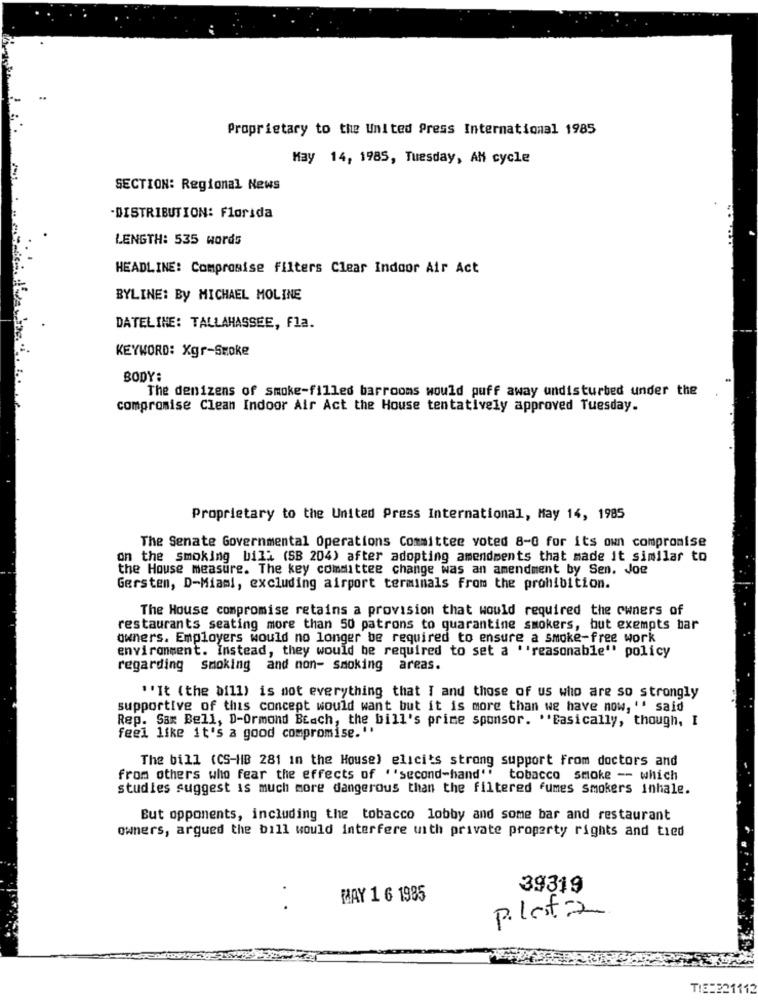
Proprietary to the United Press International 1985
May 14, 1985, Tuesday, AM cycle
SECTION: Regional News
-DISTRIBUTION: Florida
LENGTH: 535 words
HEADLINE: Comprosise filters Clear Indoor Air Act
BYLINE: By MICHAEL MOLINE
DATELINE: TALLAHASSEE, Fla.
KEYWORD: Xgr-Szoke
BODY:
The denizens of smoke-filled barrooms would puff away undisturbed under the
compromise Clean Indoor Air Act the House tentatively approved Tuesday.
Proprietary to the United Press International, May 14, 1985
The Senate Governmental Operations Committee voted 8-0 for its own compromise
on the smoking bill (SB 204) after adopting amendments that made it similar to
the House measure. The key committee change was an amendment by Sen. Joe
Gersten, D-Miami, excluding airport terminals From the prohibition.
The House compromise retains a provision that would required the owners of
restaurants seating more than 50 patrons to quarantine smokers, but exempts bar
owners. Employers would no longer be required to ensure a smoke-free work
environment. Instead, they would be required to set a "'reasonable" policy
regarding smoking and non- smoking areas.
"'It (the aill) is not everything that I and those of us who are so strongly
supportive of this concept would want but it is more than we have now, '' said
Rep. Sax Bell, D-Ormond Beach, the bill's prime sponsor. "Basically, though, I
feel like it's a good compromise.".
The bill (CS-HB 281 in the House) elicits strong support from doctors and
from others who fear the effects of ""second-hand" tobacco smoke -- which
studies suggest is much more dangerous than the filtered fumes smokers inhale.
But opponents, including the tobacco lobby and some bar and restaurant
owners, argued the bill would interfere with private property rights and tied
39319
MAY 1 6 1985
platz
TIE=221112